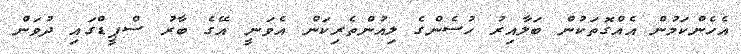
އެހެންކަމުން އެއްގޮތަކުން ބަލާއިރު ހުސެންގެ ލިއުންތެރިކަން އެވަނީ އޭގެ ބާރު ސްޕީޑްގައި ދުވަން